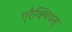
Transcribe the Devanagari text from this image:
एरैक्थियस्‌